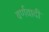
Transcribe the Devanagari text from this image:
वर्णवादी